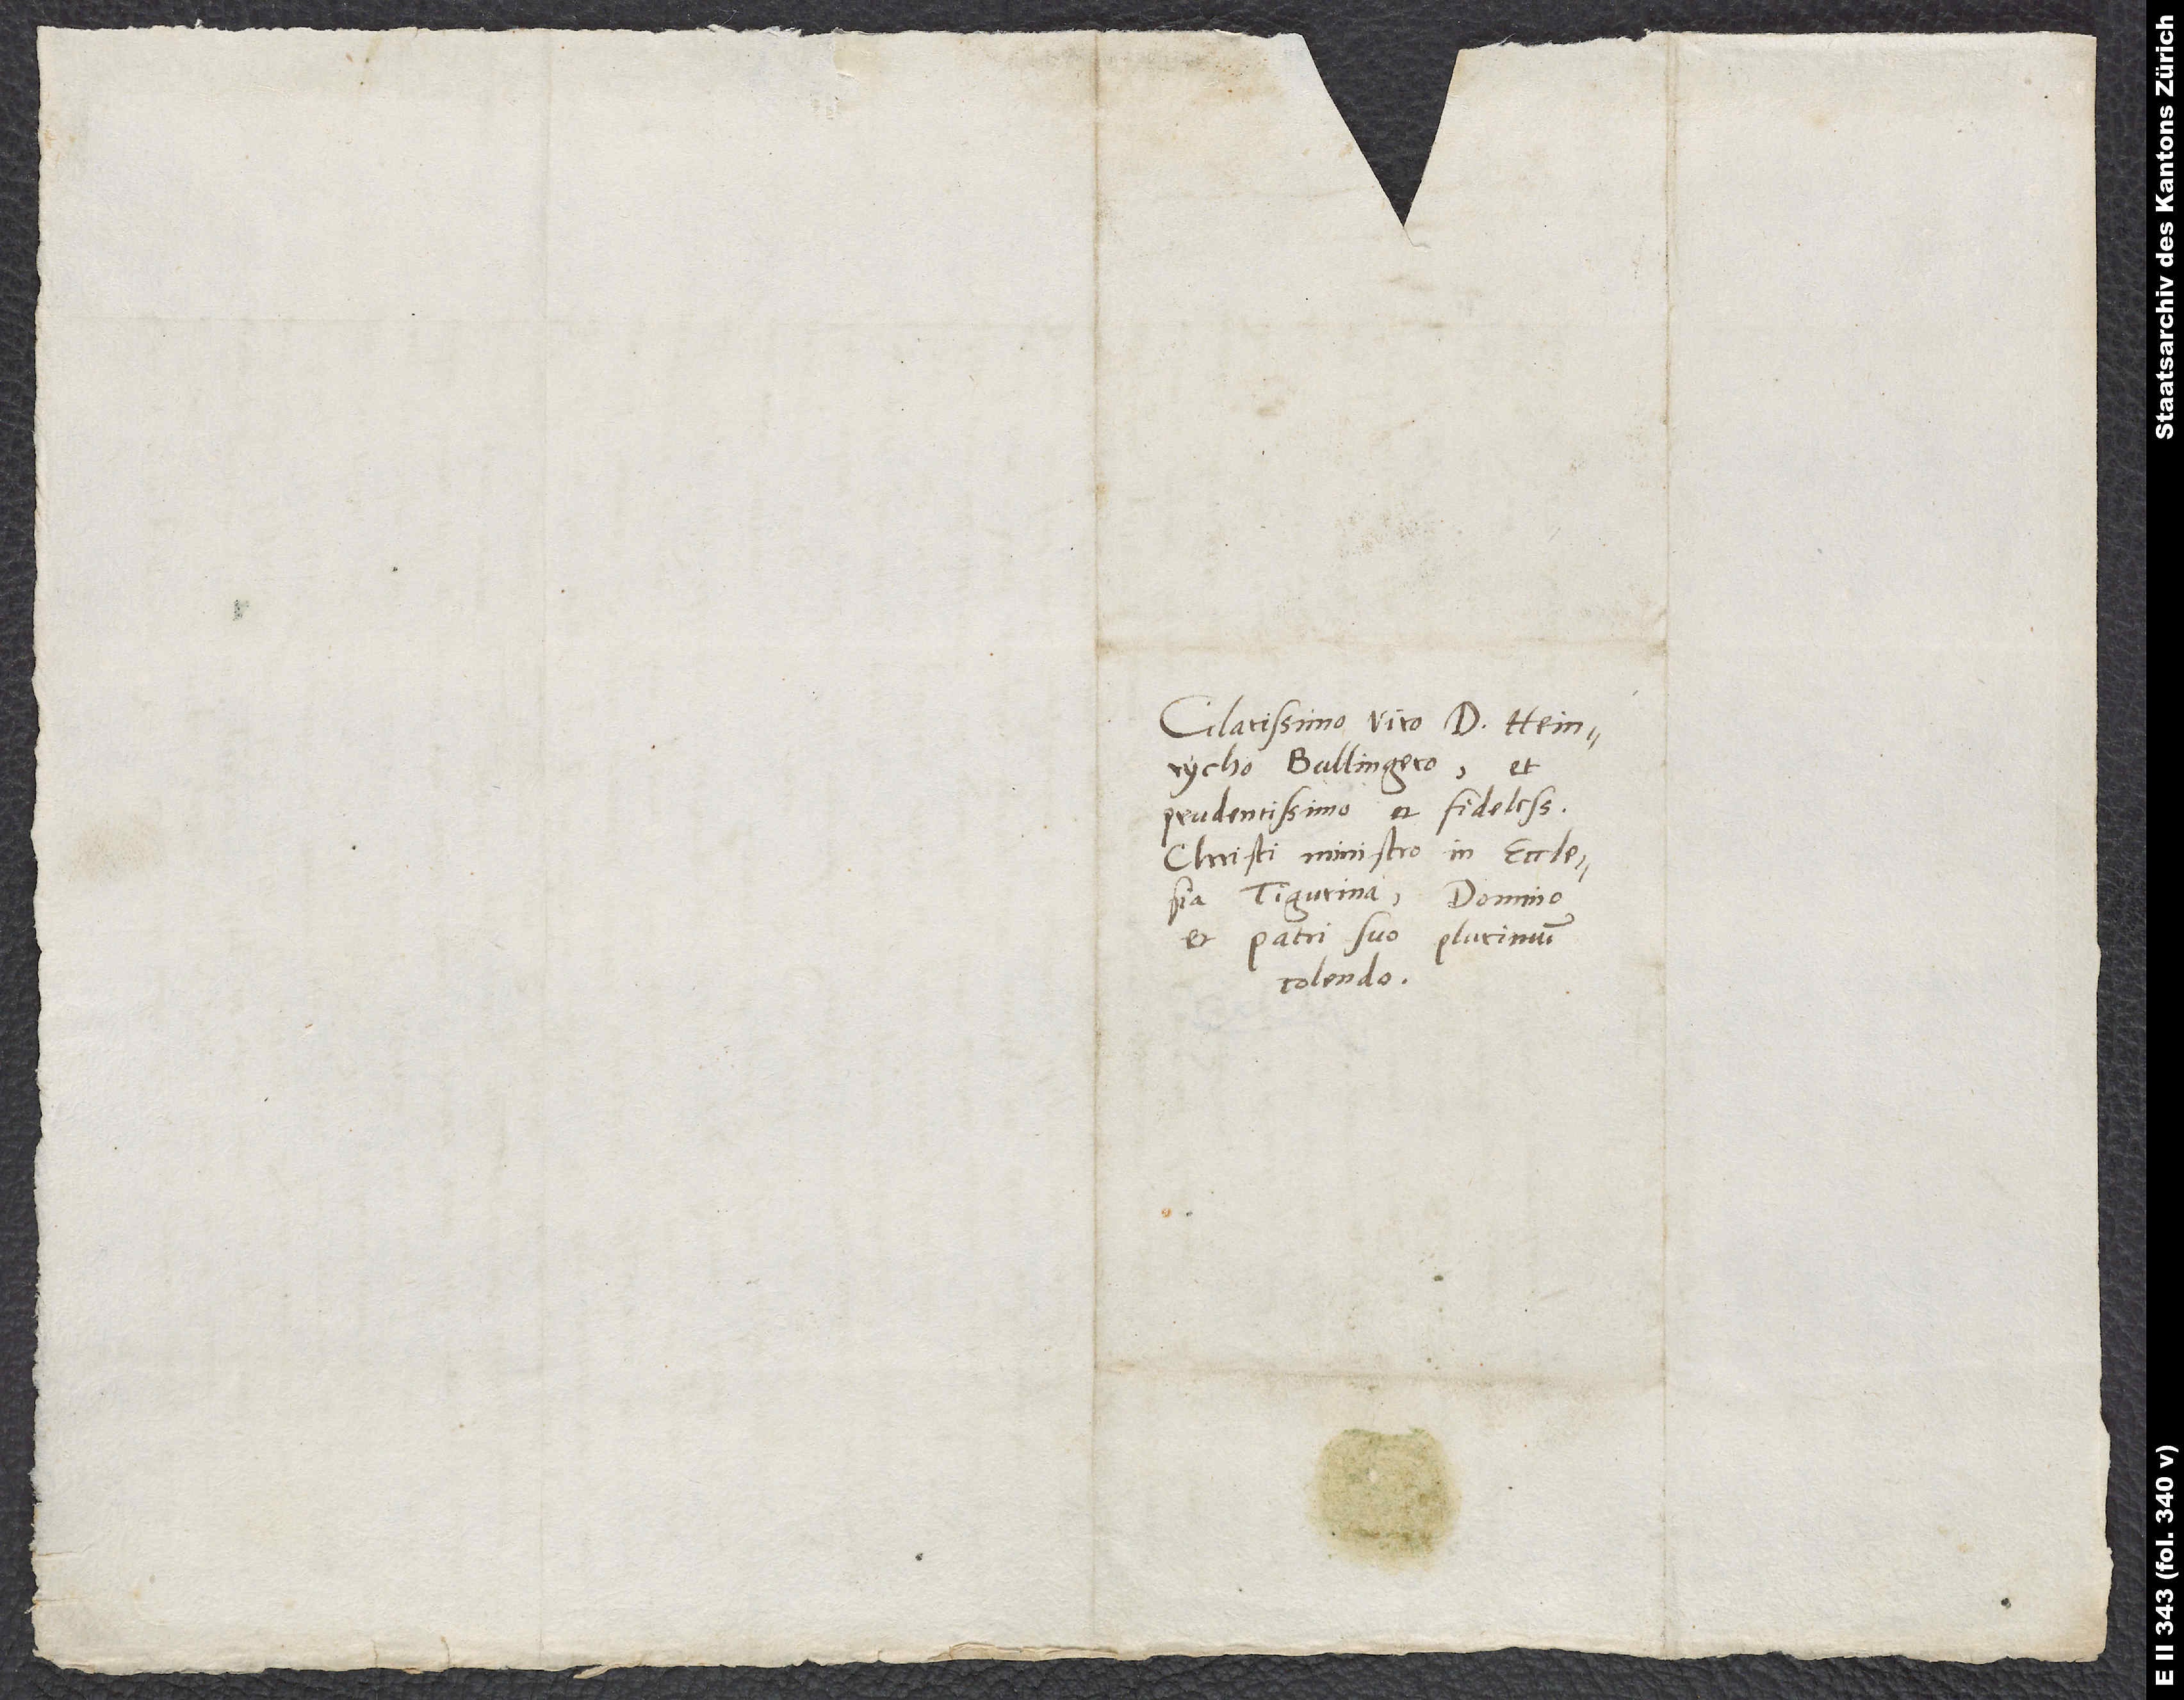
Clarissimo viro d. Heinrycho
Bullingero et
prudentissimo et fidelissimo
Christi ministro in ecclesia
Tigurina, domino
et patri suo plurimum
colendo.